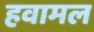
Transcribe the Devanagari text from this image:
हवामल